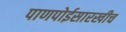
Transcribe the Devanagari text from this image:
पाणपोईसारखीच